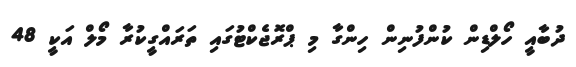
ދުބާއީ ހޯލްޑިން ކުންފުނިން ހިންގާ މި ޕްރޮޖެކްޓުގައި ތަރައްގީކުރާ މޯލް އަކީ 48